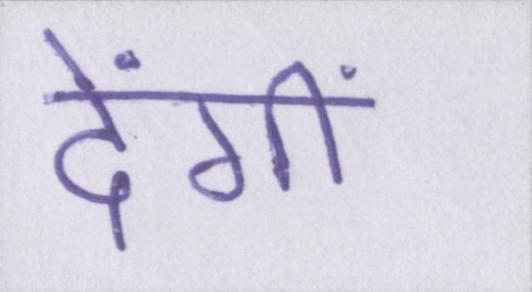
देंगीं